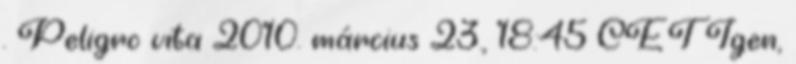
. Peligro vita 2010. március 23., 18:45 CET Igen,